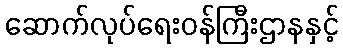
ဆောက်လုပ်ရေးဝန်ကြီးဌာနနှင့်